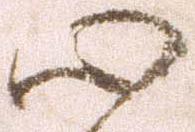
心